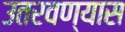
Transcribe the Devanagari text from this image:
उतरवण्यास